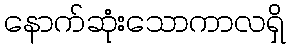
နောက်ဆုံးသောကာလရှိ